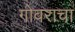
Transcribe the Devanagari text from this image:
गोवराचा